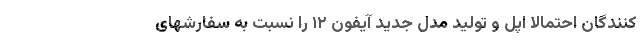
کنندگان احتمالا اپل و تولید مدل جدید آیفون ۱۲ را نسبت به سفارشهای